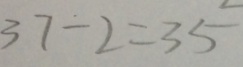
3 7 - 2 = 3 5